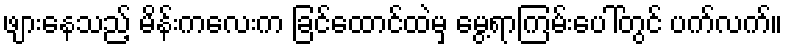
ဖျားနေသည့် မိန်းကလေးက ခြင်ထောင်ထဲမှ မွေ့ရာကြမ်းပေါ်တွင် ပက်လက်။